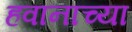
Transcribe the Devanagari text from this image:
हवानाच्या